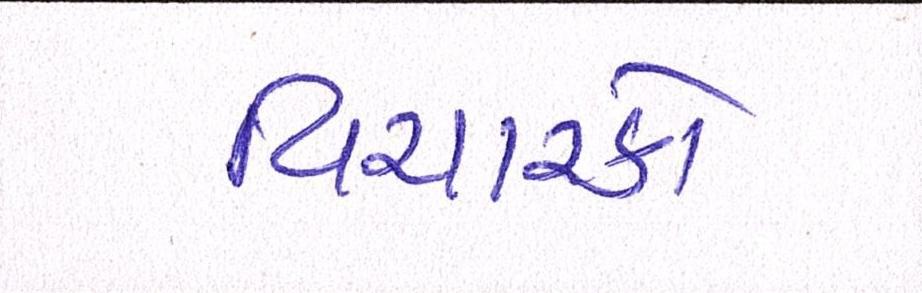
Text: વિચારકો